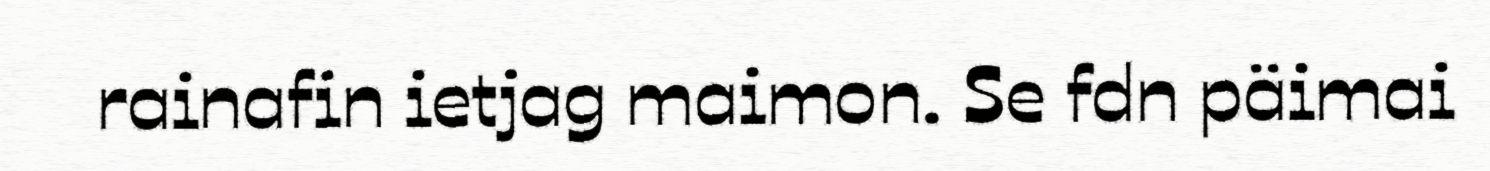
rainafin ietjag maimon. Se fdn päimai